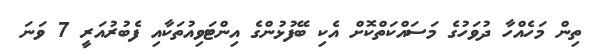
ތިން މަހެއްހާ ދުވަހުގެ މަސައްކަތްކޮށް އެކި ބޭފުޅުންގެ އިންޓަވިއުތަކާއި ފެބުރުއަރީ 7 ވަނަ